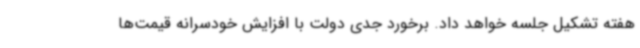
هفته تشکیل جلسه خواهد داد. برخورد جدی دولت با افزایش خودسرانه قیمت‌ها